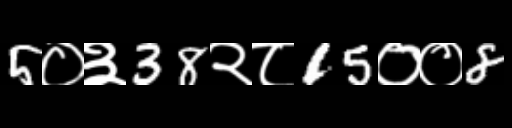
Text: 5०३38२८15००8